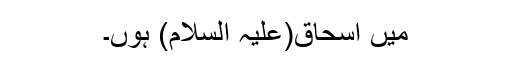
میں اسحاق(علیہ السلام) ہوں۔